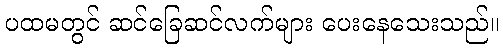
ပထမတွင် ဆင်ခြေဆင်လက်များ ပေးနေသေးသည်။